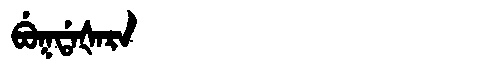
Manchu: ᠪᡠᡴᡩᠠᡧᠠᡵᠠ
Romanization: BUKDAŠARA